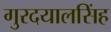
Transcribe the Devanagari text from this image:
गुरदयालसिंह